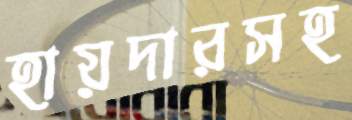
হায়দারসহ